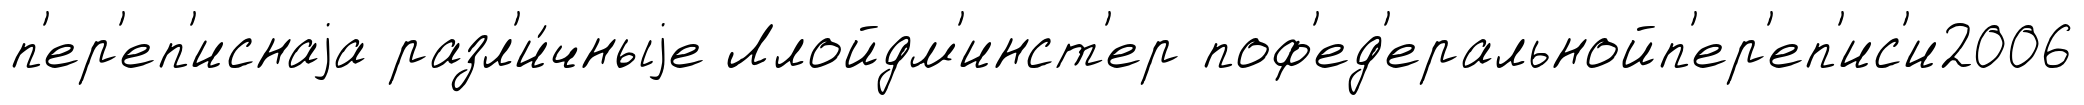
п'ер'еп'иснаjа разл'и́чныjе Ллойдм'инст'ер поф'ед'еральнойп'ер'еп'ис'и2006